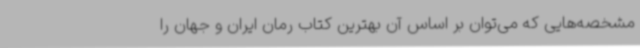
مشخصه‌هایی که می‌توان بر اساس آن بهترین کتاب رمان ایران و جهان را